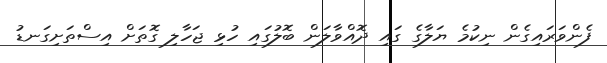
ފެންވަރައިގެން ނިކުމެ ޔަލާގެ ގައި ދޮއްވާލަން ބޮލުގައި ހުޅި ޖަހާލި ގޮތަށް އިސްތަށިގަނޑު